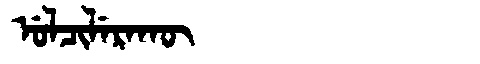
Manchu: ᡠᠯᠴᡳᠯᡝᡵᠠᡴᡡ
Romanization: ULCILERAKŪ